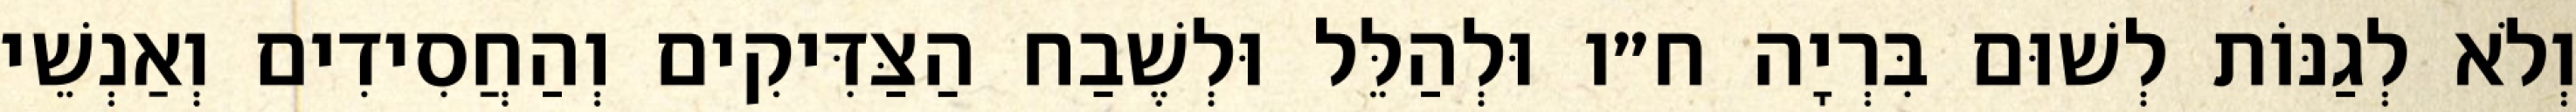
וְלֹא לְגַנּוֹת לְשׁוּם בִּרְיָה ח״ו וּלְהַלֵּל וּלְשֶׁבַח הַצַּדִּיקִים וְהַחֲסִידִים וְאַנְשֵׁי